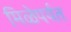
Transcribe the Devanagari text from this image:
मिळेपर्यत